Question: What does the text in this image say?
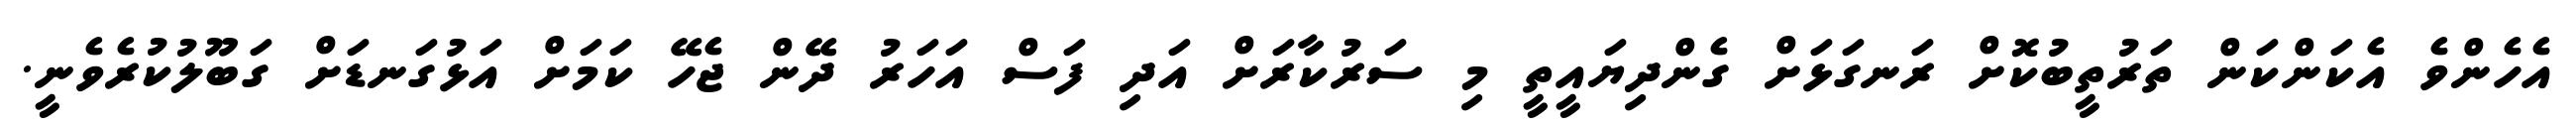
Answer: އެހެންވެ އެކަންކަން ތަރުތީބުކޮށް ރަނގަޅަށް ގެންދިޔައީތީ މި ސަރުކާރަށް އަދި ފަސް އަހަރު ދޭން ޖެހޭ ކަމަށް އަޅުގަނޑަށް ގަބޫލުކުރެވެނީ.